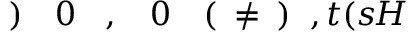
H \! \! \! \! \! \! \! \! \! \! \! \! ( s \! \! \! \! \! \! \! \! \! \! \! \! , t \! \! \! \! \! \! \! \! \! \! \! \! ) \! \! \! \! \! \! \! \! \! \! \! \! \neq \! \! \! \! \! \! \! \! \! \! \! \! ( \! \! \! \! \! \! \! \! \! \! \! \! 0 \! \! \! \! \! \! \! \! \! \! \! \! , \! \! \! \! \! \! \! \! \! \! \! \! 0 \! \! \! \! \! \! \! \! \! \! \! \! ) \! \! \! \! \! \! \! \! \! \! \!